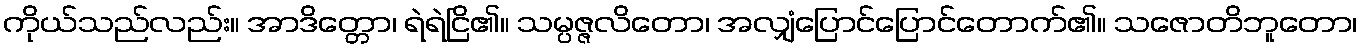
ကိုယ်သည်လည်း။ အာဒိတ္တော၊ ရဲရဲငြိ၏။ သမ္ပဇ္ဇလိတော၊ အလျှံပြောင်ပြောင်တောက်၏။ သဇောတိဘူတော၊